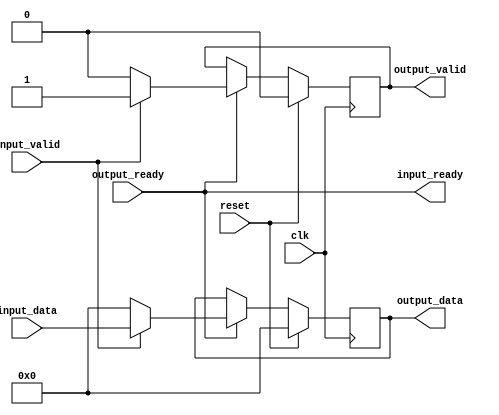
`timescale 1ns/100ps

/*
    |->  valid  ->|
    |<-  ready  <-| 
    |->  data   ->|
*/

module W0RM_Synchro #(
  parameter DATA_WIDTH  = 32,
  parameter SYNC_READY  = 0
)(
  input wire                    clk,
  input wire                    reset,
  input wire                    input_valid,
  output wire                   input_ready,
  input wire  [DATA_WIDTH-1:0]  input_data,
  
  input wire                    output_ready,
  output wire                   output_valid,
  output wire [DATA_WIDTH-1:0]  output_data
);
  reg                     valid_r = 0;
  reg                     ready_r = 0;
  reg   [DATA_WIDTH-1:0]  data_r = 0;
  
  generate
    if (SYNC_READY)
    begin
      assign input_ready  = ready_r;
    end
    else
    begin
      assign input_ready  = output_ready;
    end
  endgenerate
  
  assign output_valid = valid_r;
  assign output_data  = data_r;
  
  always @(posedge clk)
  begin
    if (reset)
    begin
      valid_r <= 1'b0;
      ready_r <= 1'b0;
      data_r  <= {DATA_WIDTH{1'b0}};
    end
    else
    begin
      if (output_ready)
      begin
        ready_r <= 1'b1;
        if (input_valid)
        begin
          valid_r <= 1'b1;
          data_r  <= input_data;
        end
        else
        begin
          valid_r <= 1'b0;
          data_r  <= {DATA_WIDTH{1'b0}};
        end
      end
      else
      begin
        ready_r <= 1'b0;
      end
    end
  end
endmodule